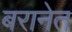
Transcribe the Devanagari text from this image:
बरानेत